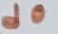
Text: d0